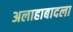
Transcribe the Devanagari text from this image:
अलाहाबादला